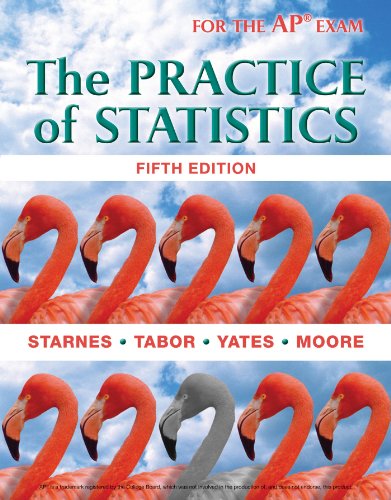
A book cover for The Practice of Statistics; Daren S. Starnes; Science & Math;